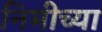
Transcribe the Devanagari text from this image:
निमीच्या